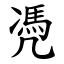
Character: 凴